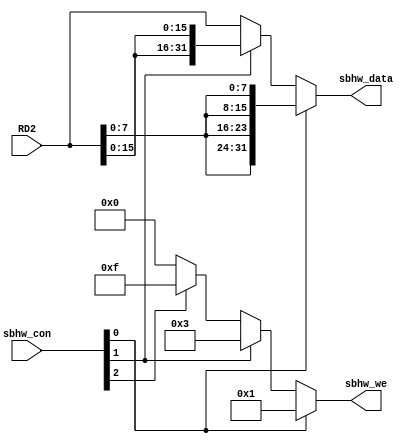
/*====================Ports Declaration====================*/
module sbhw (
    input wire [31:0] RD2,
    input wire [2:0] sbhw_con,
    output wire [31:0] sbhw_data, //data:--{0:sb,1:sh,2:sw}
    output wire [3:0] sbhw_we //control:--{0:0001,1:0011,2:1111}
    );
/*====================Variable Declaration====================*/

/*====================Function Code====================*/
assign sbhw_data =  sbhw_con[0] ? {4{RD2[7:0]}} :
                    sbhw_con[1] ? {2{RD2[15:0]}} : RD2 ;
assign sbhw_we   =  sbhw_con[0] ? 4'b0001 : 
                    sbhw_con[1] ? 4'b0011 :
                    sbhw_con[2] ? 4'b1111 : 4'b0;
endmodule